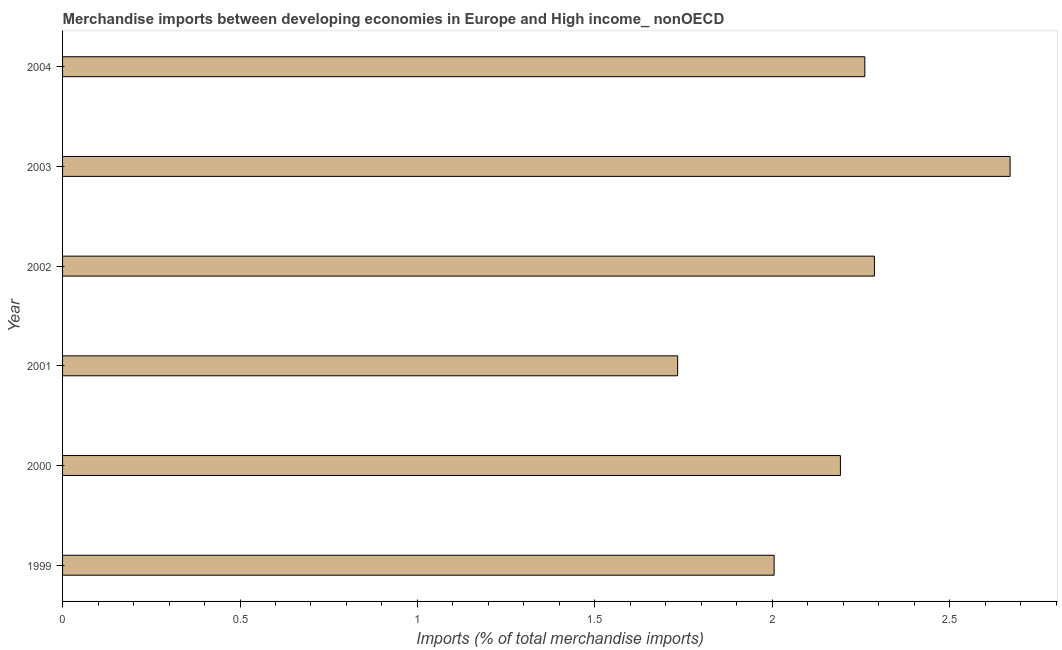
| Year | Merchandise imports |
 | --- | --- |
 | 1999 | 2.01 |
 | 2000 | 2.19 |
 | 2001 | 1.73 |
 | 2002 | 2.29 |
 | 2003 | 2.67 |
 | 2004 | 2.26 |